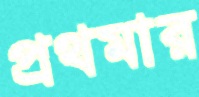
প্রথমার